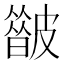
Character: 𥀟